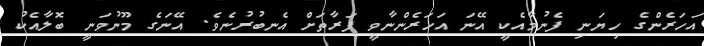
އަހަރެންގެ ހިޔަނި ފެނުމާއެކީ އޭނަ އަހަރެންނާވީ ފަރާތަށް އެނބުރުނެވެ. އޭނަގެ މޫނުވަނީ ބޮލާއެކު